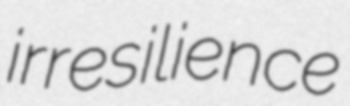
irresilience